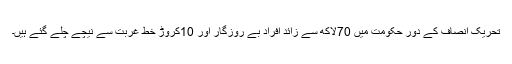
تحریک انصاف کے دورِ حکومت میں 70لاکھ سے زائد افراد بے روزگار اور 10کروڑ خط غربت سے نیچے چلے گئے ہیں۔